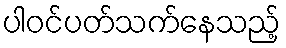
ပါဝင်ပတ်သက်နေသည့်